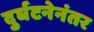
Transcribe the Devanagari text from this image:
दुर्घटनेनंतर